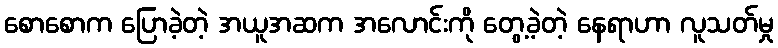
စောစောက ပြောခဲ့တဲ့ အယူအဆက အလောင်းကို တွေ့ခဲ့တဲ့ နေရာဟာ လူသတ်မှု